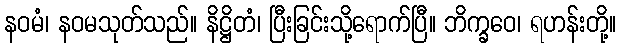
နဝမံ၊ နဝမသုတ်သည်။ နိဋ္ဌိတံ၊ ပြီးခြင်းသို့ရောက်ပြီ။ ဘိက္ခဝေ၊ ရဟန်းတို့။